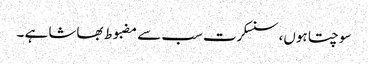
سوچتا ہوں، سنسکرت سب سے مضبوط بھاشا ہے ۔